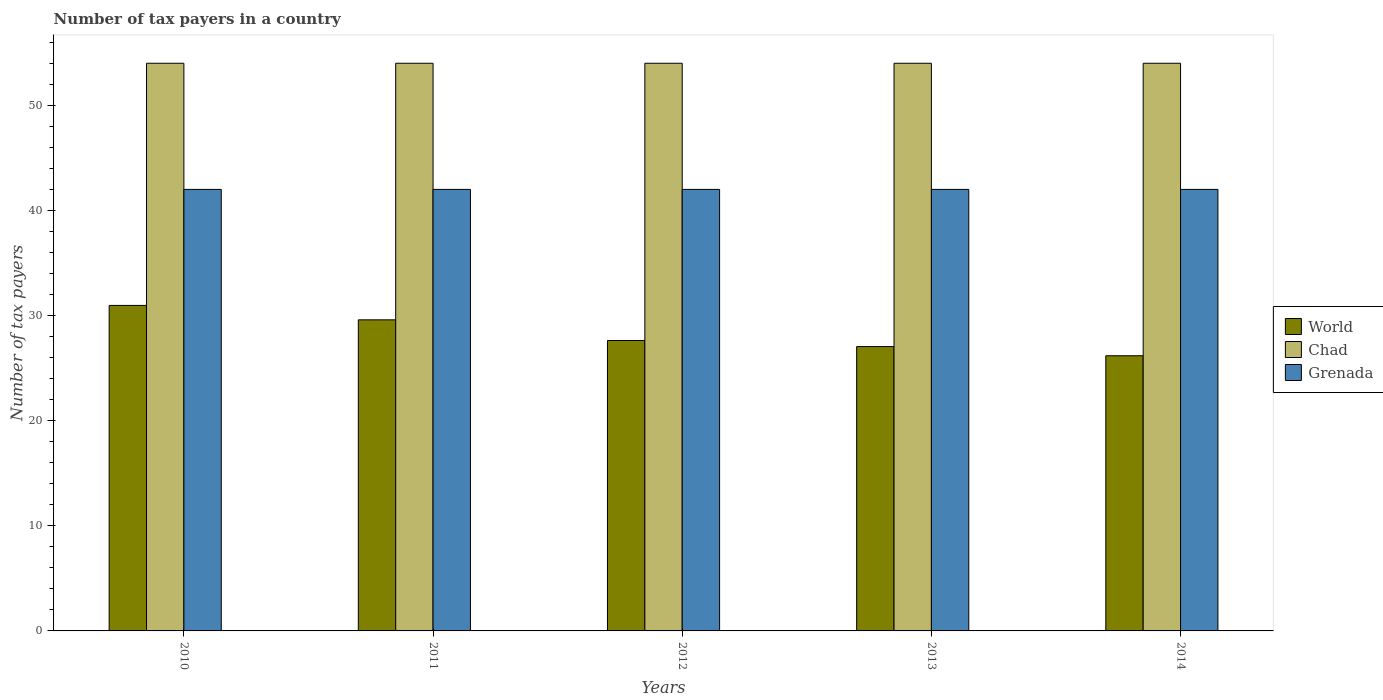
| Years | World | Chad | Grenada |
 | --- | --- | --- | --- |
 | 2010 | 31 | 54 | 42 |
 | 2011 | 29.6 | 54 | 42 |
 | 2012 | 27.6 | 54 | 42 |
 | 2013 | 27 | 54 | 42 |
 | 2014 | 26.2 | 54 | 42 |